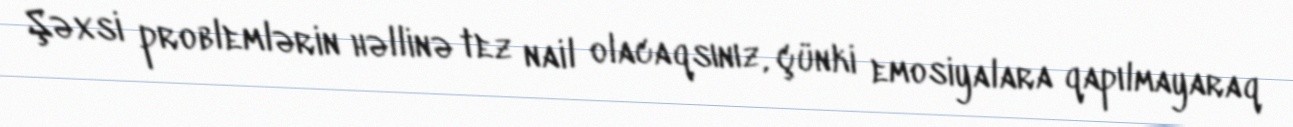
Şəxsi problemlərin həllinə tez nail olacaqsınız, çünki emosiyalara qapılmayaraq